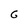
Character: G